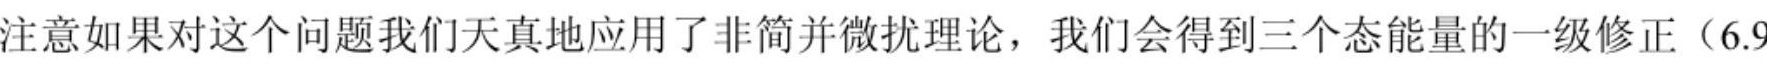
注意如果对这个问题我们天真地应用了非简并微扰理论，我们会得到三个态能量的一级修正（6.9